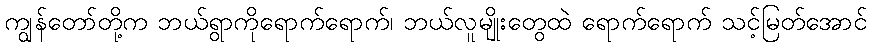
ကျွန်တော်တို့က ဘယ်ရွာကိုရောက်ရောက်၊ ဘယ်လူမျိုးတွေထဲ ရောက်ရောက် သင့်မြတ်အောင်